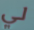
لي